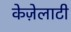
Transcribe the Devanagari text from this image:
केज़ेलाटी